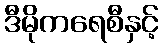
ဒီမိုကရေစီနှင့်